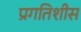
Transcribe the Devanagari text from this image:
प्रगतिशीस